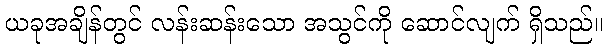
ယခုအချိန်တွင် လန်းဆန်းသော အသွင်ကို ဆောင်လျက် ရှိသည်။